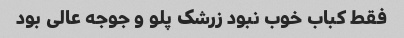
فقط کباب خوب نبود زرشک پلو و جوجه عالی بود